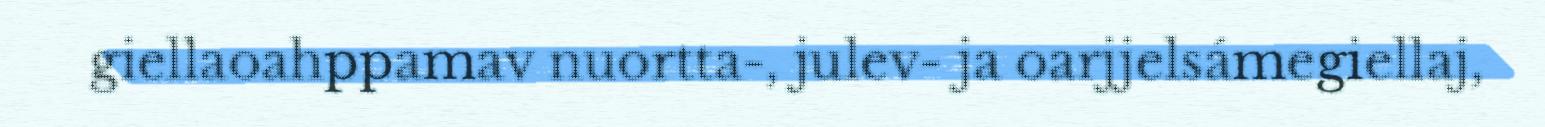
giellaoahppamav nuortta-, julev- ja oarjjelsámegiellaj,